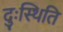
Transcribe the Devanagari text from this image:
दुःस्थिति